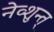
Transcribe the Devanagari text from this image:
नेव्शुन्त्